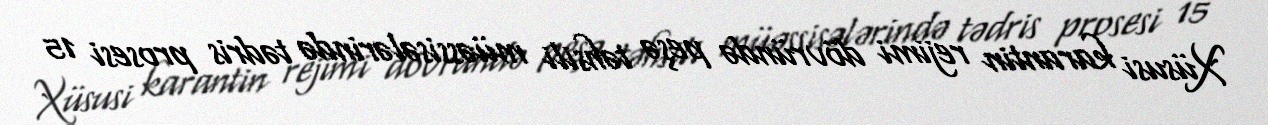
Xüsusi karantin rejimi dövründə peşə təhsili müəssisələrində tədris prosesi 15